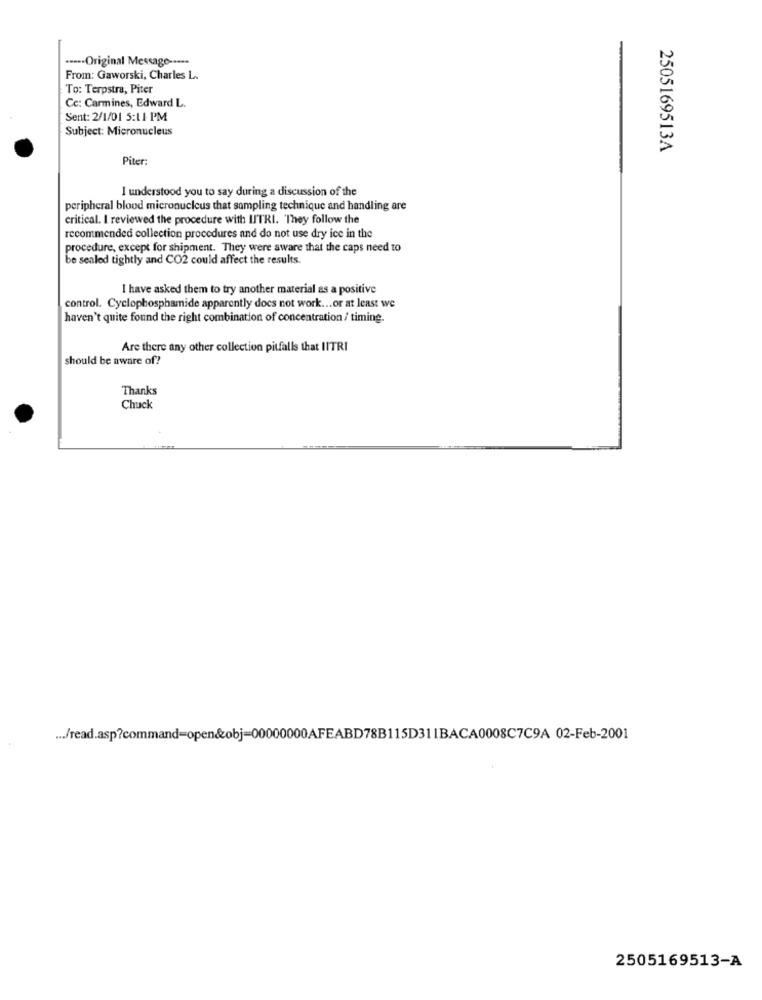
..... Original Message -----
From: Gaworski, Charles L.
To: Terpstra, Piter
Cc: Carmines, Edward L.
Sent: 2/1/01 5:11 PM
Subject: Micronucleus
2505169513A
Piter:
I understood you to say during a discussion of the
peripheral blood micronucleus that sampling technique and handling are
critical. I reviewed the procedure with LITRI. They follow the
recommended collection procedures and do not use dry ice in the
procedure, except for shipment. They were aware that the caps need to
be sealed tightly and CO2 could affect the results.
I have asked them to try another material as a positive
control. Cyclophosphamide apparently docs not work ... or at least we
haven't quite found the right combination of concentration / timing.
Are there any other collection pitfalls that IITRI
should be aware of?
Thanks
Chuck
... /read.asp?command=open&obj=00000000AFEABD78B115D311BACA0008C7C9A 02-Feb-2001
2505169513-A